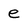
Character: e